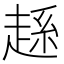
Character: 𧼆